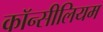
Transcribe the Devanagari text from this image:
कॉन्सीलियम